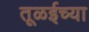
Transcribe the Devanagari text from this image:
तूळईच्या